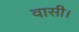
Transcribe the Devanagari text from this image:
वासी।